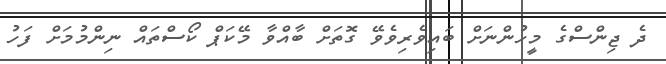
ދެ ޖިންސްގެ މީހުންނަށް ބައިވެރިވެވޭ ގޮތަށް ބާއްވާ މޭކަޕް ކޯސްތައް ނިންމުމަށް ފަހު